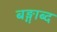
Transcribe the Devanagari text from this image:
बङ्गाब्द